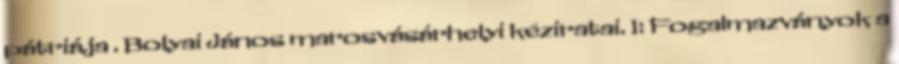
pátriája . Bolyai János marosvásárhelyi kéziratai. I: Fogalmazványok a